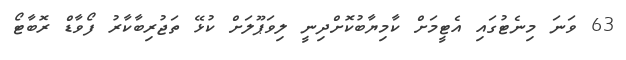
63 ވަނަ މިނެޓުގައި އެޓީމަށް ކާމިޔާބުކޮށްދިނީ ލިވަޕޫލަށް ކުޅޭ ތަޖުރިބާކާރު ފޯވާޑް ރޮބާޓޯ